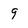
Character: 9